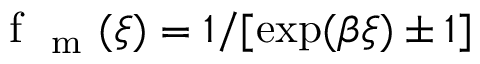
\mathrm { ~ f ~ } _ { \mathrm { ~ m ~ } } ( \xi ) = 1 / [ \exp ( \beta \xi ) \pm 1 ]